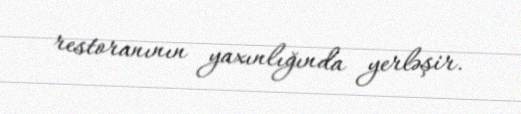
restoranının yaxınlığında yerləşir.